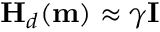
\mathbf { H } _ { d } ( \mathbf { m } ) \approx \gamma \mathbf { I }